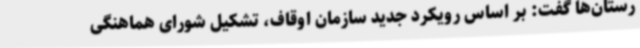
رستان‌ها گفت: بر اساس رویکرد جدید سازمان اوقاف، تشکیل شورای هماهنگی